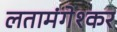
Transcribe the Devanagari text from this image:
लतामंगेश्कर